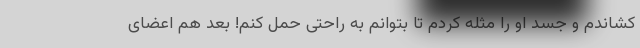
کشاندم و جسد او را مثله کردم تا بتوانم به راحتی حمل کنم! بعد هم اعضای